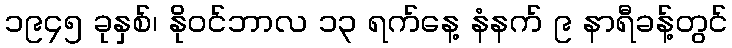
၁၉၄၅ ခုနှစ်၊ နိုဝင်ဘာလ ၁၃ ရက်နေ့ နံနက် ၉ နာရီခန့်တွင်